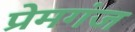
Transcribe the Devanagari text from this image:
प्रेमगंज